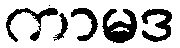
ကာမဒ